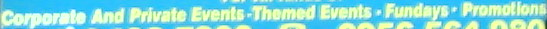
Corporate And Private.Events.Themed Events.Fundays.Promotions